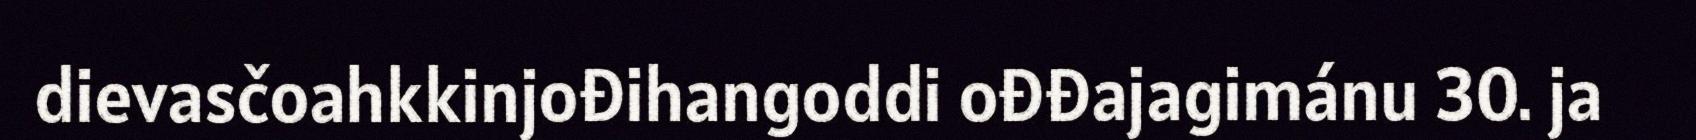
dievasčoahkkinjođihangoddi ođđajagimánu 30. ja